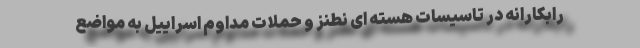
رابکارانه در تاسیسات هسته ای نطنز و حملات مداوم اسراییل به مواضع